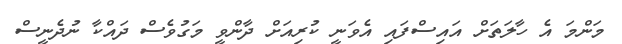
މަންމަ އެ ހާލަތަށް އައިސްފައި އެވަނީ ކުރިއަށް ދާންވީ މަގުވެސް ދައްކާ ނުދެނީސް